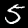
Label: 5